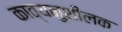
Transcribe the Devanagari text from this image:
काव्यनुशीलक